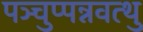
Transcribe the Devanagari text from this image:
पञ्चुप्पन्नवत्थु